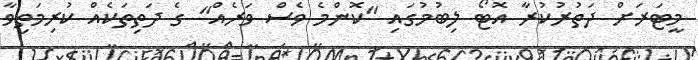
މީޓަރަށް ދަތުރުކުރާ އޮޓޯ ލިބުމުގައި "ކޮންމެ ވެސް ވަރެއް" ގެ ދަތިތަކެއް ކުރިމަތިވާ